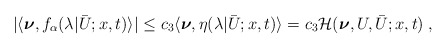
\begin{align*}\begin{aligned}| \langle \boldsymbol{\nu} , f_\alpha (\lambda | \bar U;x,t ) \rangle| &\le c_3 \langle \boldsymbol{\nu} , \eta (\lambda | \bar U;x,t ) \rangle = c_3 \mathcal{H} ( \boldsymbol{\nu},U,\bar{U};x,t)\;,\end{aligned}\end{align*}